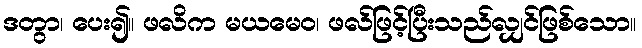
ဒတွာ၊ ပေး၍။ ဖလိက မယမေဝ၊ ဖလ်ဖြင့်ပြီးသည်လျှင်ဖြစ်သော။